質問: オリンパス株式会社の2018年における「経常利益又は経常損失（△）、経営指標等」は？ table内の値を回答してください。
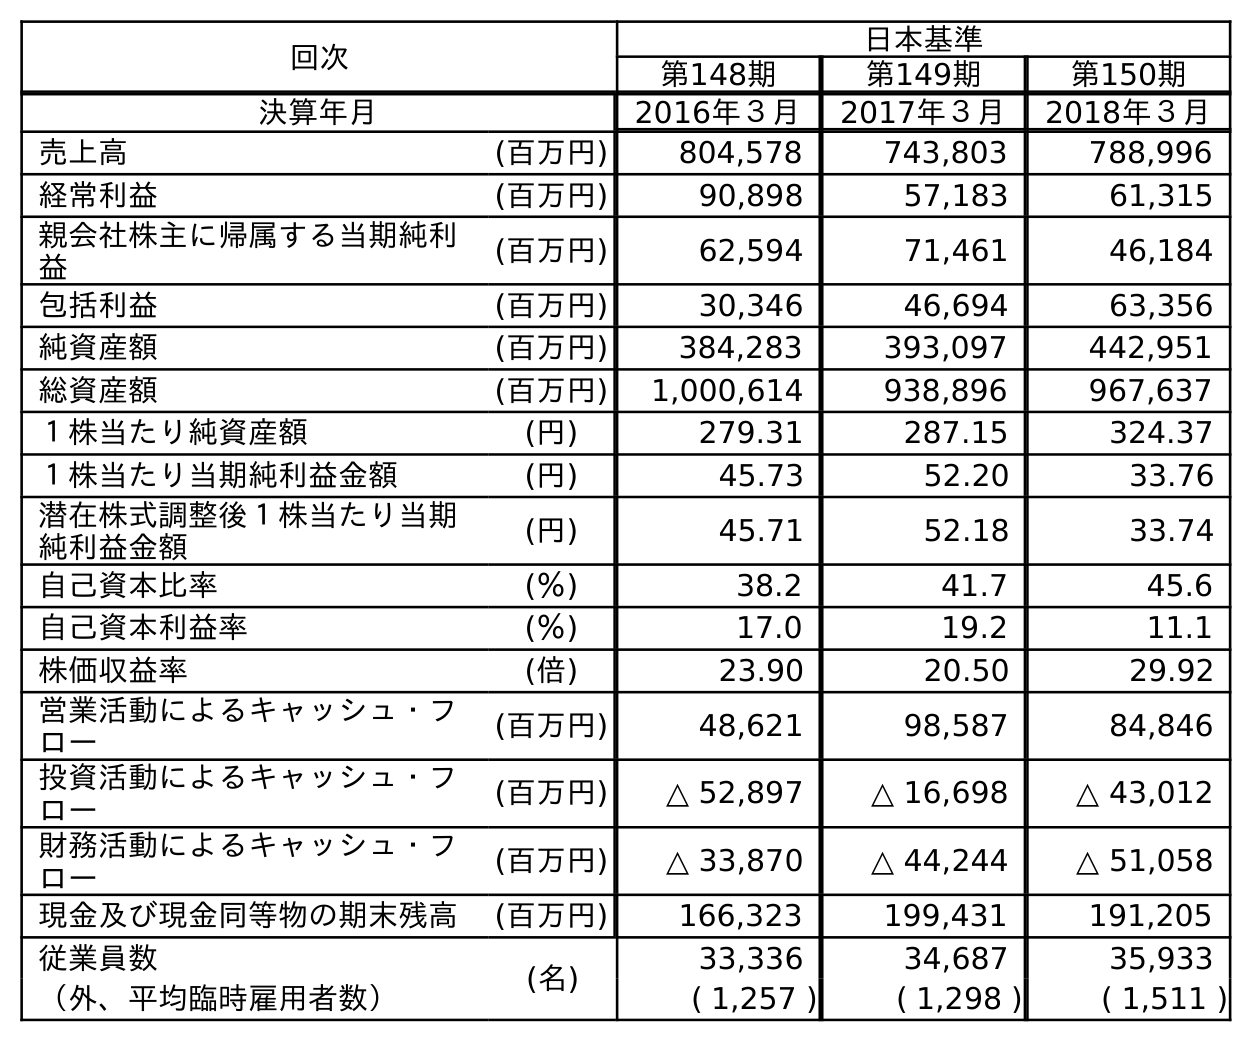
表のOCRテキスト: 回次 日本基準 第148期 第149期 第150期 決算年月 2016年３月 2017年３月 2018年３月 売上高 (百万円) 804,578 743,803 788,996 経常利益 (百万円) 90,898 57,183 61,315 親会社株主に帰属する当期純利 益 (百万円) 62,594 71,461 46,184 包括利益 (百万円) 30,346 46,694 63,356 純資産額 (百万円) 384,283 393,097 442,951 総資産額 (百万円) 1,000,614 938,896 967,637 １株当たり純資産額 (円) 279.31 287.15 324.37 １株当たり当期純利益金額 (円) 45.73 52.20 33.76 潜在株式調整後１株当たり当期 純利益金額 (円) 45.71 52.18 33.74 自己資本比率 (％) 38.2 41.7 45.6 自己資本利益率 (％) 17.0 19.2 11.1 株価収益率 (倍) 23.90 20.50 29.92 営業活動によるキャッシュ・フ ロー (百万円) 48,621 98,587 84,846 投資活動によるキャッシュ・フ ロー (百万円) △ 52,897 △ 16,698 △ 43,012 財務活動によるキャッシュ・フ ロー (百万円) △ 33,870 △ 44,244 △ 51,058 現金及び現金同等物の期末残高 (百万円) 166,323 199,431 191,205 従業員数 (名) 33,336 34,687 35,933 （外、平均臨時雇用者数） ( 1,257 ) ( 1,298 ) ( 1,511 )
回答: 61,315